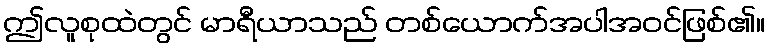
ဤလူစုထဲတွင် မာရီယာသည် တစ်ယောက်အပါအဝင်ဖြစ်၏။